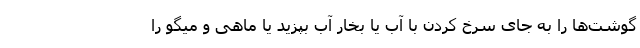
گوشت‌ها را به جای سرخ کردن با آب یا بخار آب بپزید یا ماهی و میگو را